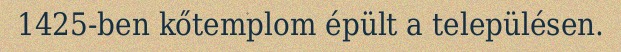
1425-ben kőtemplom épült a településen.